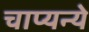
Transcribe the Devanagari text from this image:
चाप्यन्ये